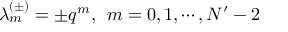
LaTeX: \lambda _ { m } ^ { ( \pm ) } = \pm q ^ { m } , \; \, m = 0 , 1 , \cdots , N ^ { \prime } - 2